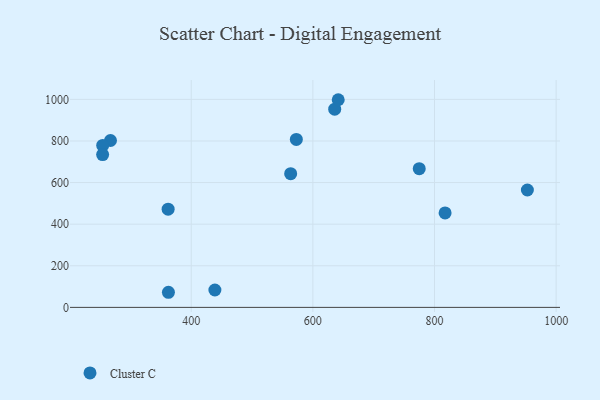
{"axis": {"x": "Investment", "y": "Exam Score"}, "legend": ["Cluster C"], "data": [{"x": "817.4", "y": 454.2, "type": "Cluster C"}, {"x": "635.9", "y": 952.8, "type": "Cluster C"}, {"x": "438.9", "y": 83.6, "type": "Cluster C"}, {"x": "641.7", "y": 998.2, "type": "Cluster C"}, {"x": "952.7", "y": 564.2, "type": "Cluster C"}, {"x": "774.9", "y": 666.9, "type": "Cluster C"}, {"x": "267.2", "y": 802.2, "type": "Cluster C"}, {"x": "563.5", "y": 642.7, "type": "Cluster C"}, {"x": "254.4", "y": 778.4, "type": "Cluster C"}, {"x": "254.3", "y": 734.5, "type": "Cluster C"}, {"x": "572.8", "y": 807.2, "type": "Cluster C"}, {"x": "362.5", "y": 72.6, "type": "Cluster C"}, {"x": "362.0", "y": 472.2, "type": "Cluster C"}]}